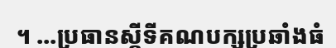
។ ...ប្រធានស្តីទីគណបក្សប្រឆាំងធំ